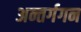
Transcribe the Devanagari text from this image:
अन्तर्गगन